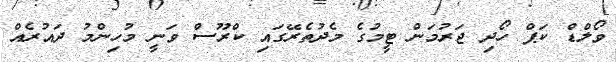
ވޯލްޑް ކަޕް ހޯދި ޖަރުމަން ޓީމުގެ މެދުތެރޭގައި ކްރޫސް ވަނީ މުހިންމު ދައުރެއް